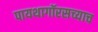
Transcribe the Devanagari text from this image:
पायथागॉरसच्याच